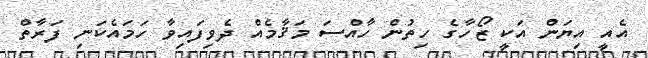
އެއީ އިޔަން އަކީ ޒޯހާގެ ހިތުން ހާއްސަ މަޤާމެއް ދެވިފައިވާ ހަމައެކަނި ފަރާތް